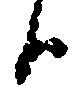
候